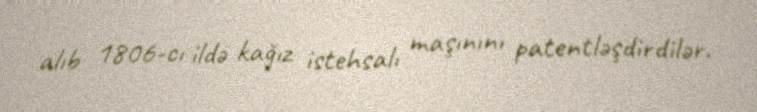
alıb 1806-cı ildə kağız istehsalı maşınını patentləşdirdilər.